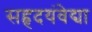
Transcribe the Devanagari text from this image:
सहृदयंवेद्या